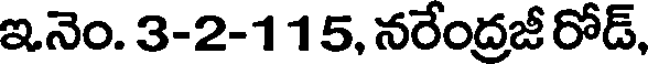
ఇనెం. 3-2-115, నరేంద్రజీ రోడ్,